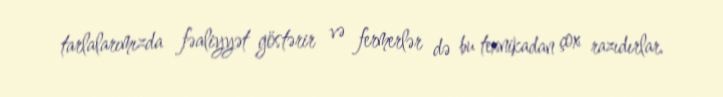
tarlalarımızda fəaliyyət göstərir və fermerlər də bu texnikadan çox razıdırlar.